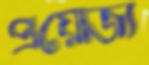
প্রয়োজ্য